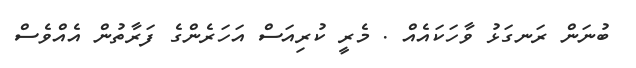
ބުނަން ރަނގަޅު ވާހަކައެއް . މެރީ ކުރިއަސް އަހަރެންގެ ފަރާތުން އެއްވެސް